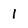
Character: l